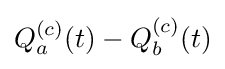
Q_{a}^{(c)}(t)-Q_{b}^{(c)}(t)